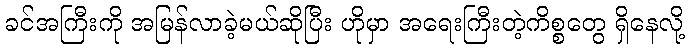
ခင်အကြီးကို အမြန်လာခဲ့မယ်ဆိုပြီး ဟိုမှာ အရေးကြီးတဲ့ကိစ္စတွေ ရှိနေလို့